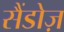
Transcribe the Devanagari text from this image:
सैंडोज़